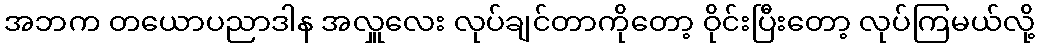
အဘက တယောပညာဒါန အလှူလေး လုပ်ချင်တာကိုတော့ ဝိုင်းပြီးတော့ လုပ်ကြမယ်လို့